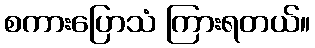
စကားပြောသံ ကြားရတယ်။